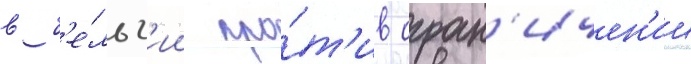
в б'е́льг'ии про́т'ив огран'ичен'ии